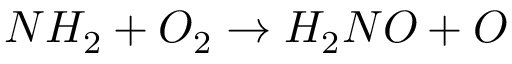
N H _ { 2 } + O _ { 2 } \rightarrow H _ { 2 } N O + O